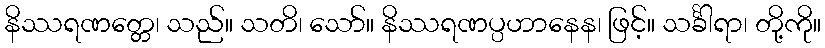
နိဿရဏတ္တေ၊ သည်။ သတိ၊ သော်။ နိဿရဏပ္ပဟာနေန၊ ဖြင့်။ သင်္ခါရာ၊ တို့ကို။